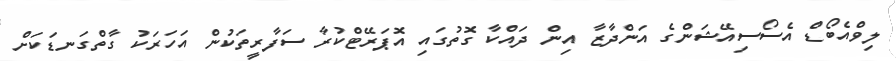
ލިވްއެބޯޑް އެސޯސިއޭޝަންގެ އަންދާޒާ އިން ދައްކާ ގޮތުގައި އޮޕަރޭޓްކުރާ ސަފާރީތަކުން އަހަރަކު ގާތްގަނޑަކަށް